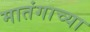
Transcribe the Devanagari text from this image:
मातंगाच्या